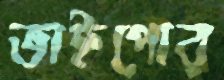
ভাইপোর